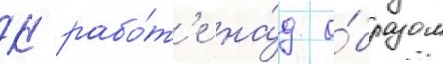
К рабо́т'е на́д о́бразом